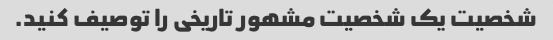
شخصیت یک شخصیت مشهور تاریخی را توصیف کنید.